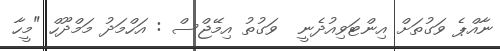
ނާއްޕެ ވަގުތަށް އިންޓަވިއުދެނީ  ވަގުތު އިމޭޖްސް : އަހްމަދު މަމްދޫހް "މީހާ